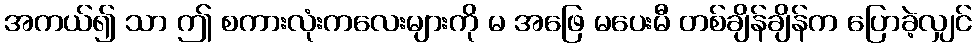
အကယ်၍ သာ ဤ စကားလုံးကလေးများကို မ အဖြေ မပေးမီ တစ်ချိန်ချိန်က ပြောခဲ့လျှင်